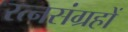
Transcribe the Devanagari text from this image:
रत्नसंग्रहों